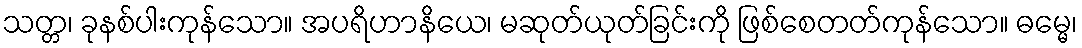
သတ္တ၊ ခုနစ်ပါးကုန်သော။ အပရိဟာနိယေ၊ မဆုတ်ယုတ်ခြင်းကို ဖြစ်စေတတ်ကုန်သော။ ဓမ္မေ၊